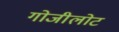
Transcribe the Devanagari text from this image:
गोजीलोट